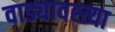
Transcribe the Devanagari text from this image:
वाड्यावस्त्या